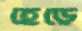
হেড়ে